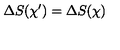
\Delta S ( \chi ^ { \prime } ) = \Delta S ( \chi )